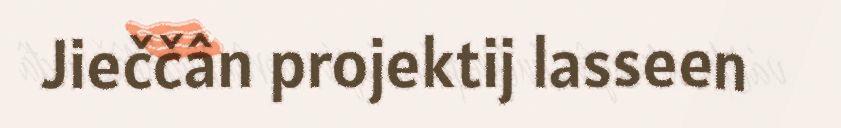
Jieččân projektij lasseen